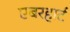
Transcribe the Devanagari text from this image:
एबरहार्ट